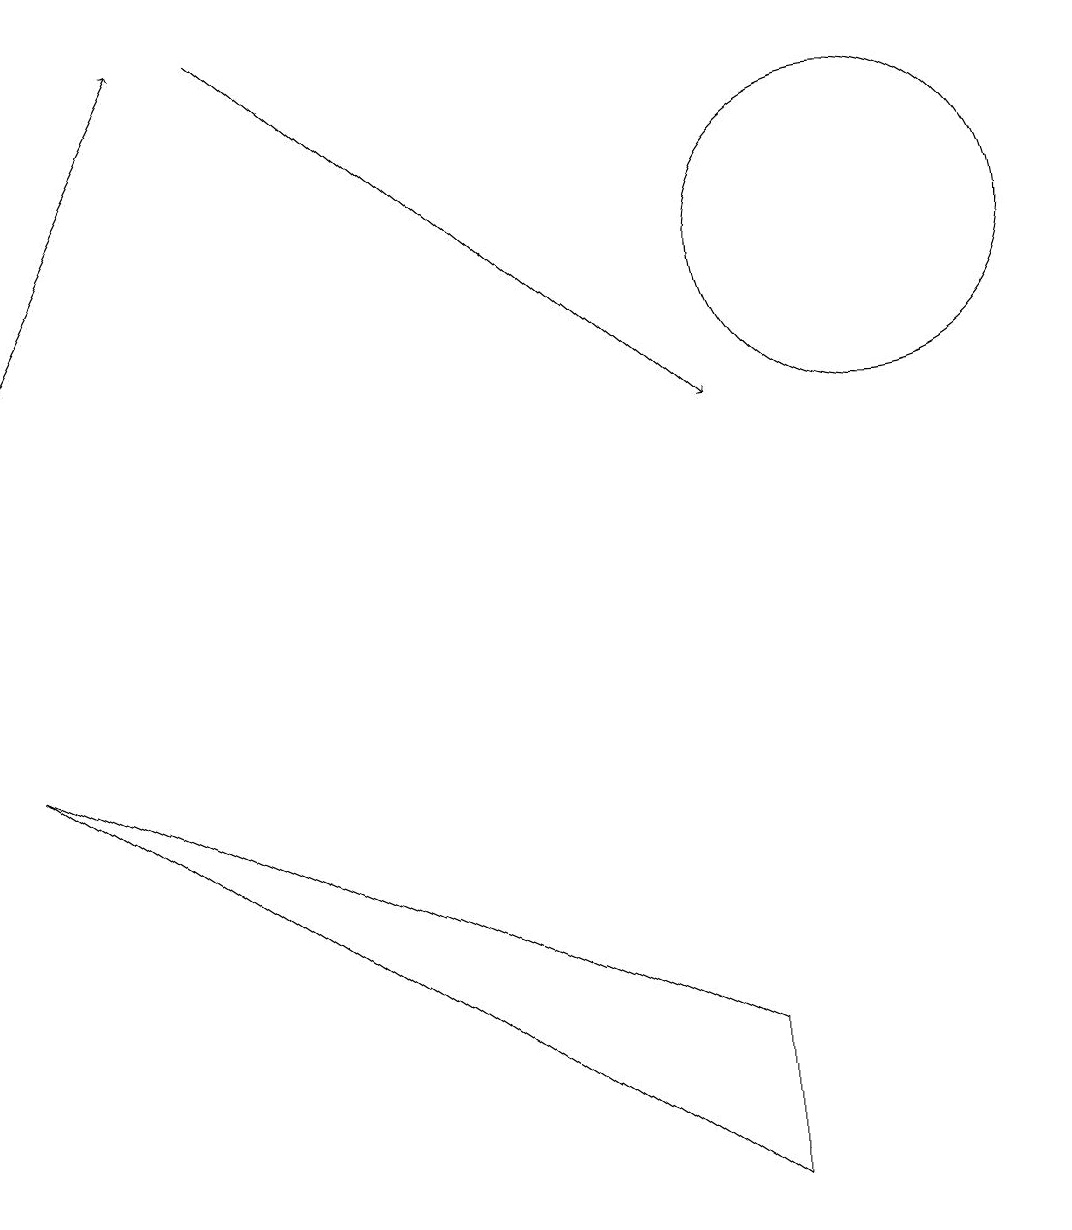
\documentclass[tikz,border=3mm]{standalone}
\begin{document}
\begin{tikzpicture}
\draw (11,12) circle (2);
\draw[->] (0,11) -- (2,15);
\draw (0,6) -- (9,0) -- (9,2) -- cycle;
\draw[->] (3,15) -- (9,10);
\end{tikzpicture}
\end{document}